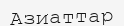
Азиаттар